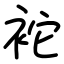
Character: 袉